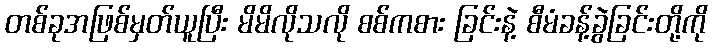
တစ်ခုအဖြစ်မှတ်ယူပြီး မိမိလိုသလို စစ်ကစား ခြင်းနဲ့ စီမံခန့်ခွဲခြင်းတို့ကို